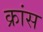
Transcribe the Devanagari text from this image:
क्रांस